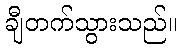
ချီတက်သွားသည်။